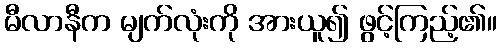
မီလာနီက မျက်လုံးကို အားယူ၍ ဖွင့်ကြည့်၏။